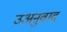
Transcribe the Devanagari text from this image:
उअनुवाद